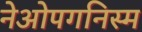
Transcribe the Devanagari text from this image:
नेओपगनिस्म